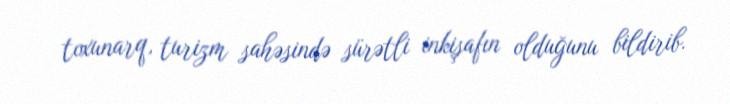
toxunarq, turizm sahəsində sürətli inkişafın olduğunu bildirib.